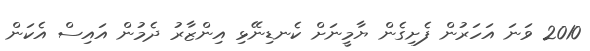
2010 ވަނަ އަހަރުން ފެށިގެން ޔާމީނަށް ކެނޑިނޭޅި އިންޒާރު ދެމުން އައިސް އެކަން